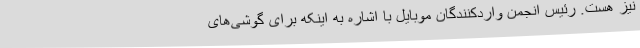
نیز هست. رئیس انجمن واردکنندگان موبایل با اشاره به اینکه برای گوشی‌های